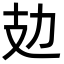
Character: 攰